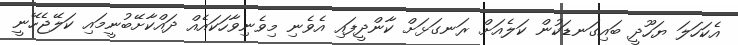
އެކަހަލަ ޔަހޫދީ ބައިގަނޑަކުން ކަލެއަށް ރަނގަޅަށް ކާންދީފައި އެވެނި މިވެނިވާހަކައެއް ދައްކާށޭބުނީމައި ކަލޭޖެހޭނީ